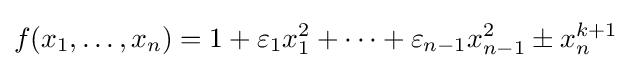
f(x_{1},\ldots ,x_{n})=1+\varepsilon _{1}x_{1}^{2}+\cdots +\varepsilon _{n-1}x_{n-1}^{2}\pm x_{n}^{k+1}